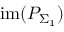
\mathrm { i m } ( P _ { \Sigma _ { 1 } } )